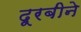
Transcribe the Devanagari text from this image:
दूरबीने